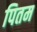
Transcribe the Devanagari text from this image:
पितम